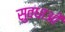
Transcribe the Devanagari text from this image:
सुवधाओं